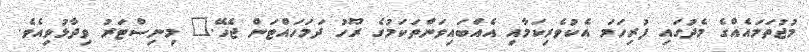
މުޖުތަމައެއްގެ މެދުގައި ފުރިހަމަ އެކުވެރިކަމާއި އެއްބައިވަންތަކަމުގެ ރޫހު ދަމަހައްޓަން ޖެހޭ." މިނިސްޓަރު ވިދާޅުވިއެވެ.